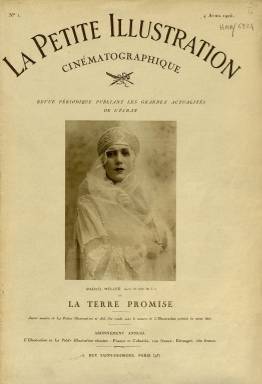
Título: La Petite illustration cinématographique
Otros títulos: Título: Petite illustratiton. Cinéma, 21 mayo 1927-11 abril 1931
Colección: Cine
Ámbito geográfico: Francia
Lugar de publicación: Paris
Fechas: 04/04/1925-04/04/1925

Esta revista francesa de gran calidad es una de las primeras publicaciones dedicadas a la crítica de cine. Con periodicidad irregular se publicaron 17 números desde abril de 1925 a abril de 1931. La BNE sólo cuenta con el primer número, dedicado a la película La Tierra Prometida (La Terre Promise) en cuya portada puede verse a la actriz Raquel Meller en el papel de Lia.

   Con abundantes ilustraciones, la revista era un suplemento del periódico L’Illustration (París) (1842-1944), que editaba diferentes suplementos con el título La Petite illustration dedicados al teatro, la novela, la poesía y por último éste dedicado al cine.

   Cada número abordaba el estreno de una película desde todos los ángulos: fotografía, dirección, actores, escenarios… Era por tanto una crítica exhaustiva que daba al espectador toda la información posible sobre el film en cuestión.

   Quien esté interesado en esta publicación francesa puede consultarla en Internet en la web www.cineressources.net.

[Descripción publicada el 22/05/2019]